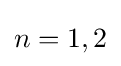
n=1,2